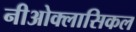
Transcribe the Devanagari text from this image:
नीओक्लासिकल